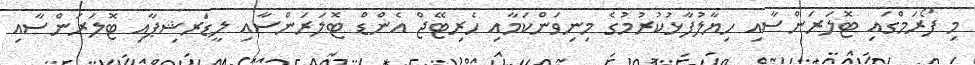
މި ފޯރަމްގައި ޓޮލަރަންސާއި ހިޔާލުފާޅުކުރުމުގެ މިނިވަންކަމާއި ހެރިޓޭޖް އެންޑް ޓޮލަރަންސާއި ލީޑަރޝިޕާއި ޓޮލަރަންސާއި